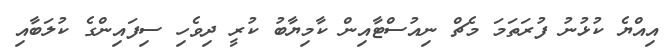
އިއްޔެ ކުޅުނު ފުރަތަމަ މެޗް ނިއުސްޓާއިން ކާމިޔާބު ކުރީ ދިވެހި ސިފައިންގެ ކުލަބާއި